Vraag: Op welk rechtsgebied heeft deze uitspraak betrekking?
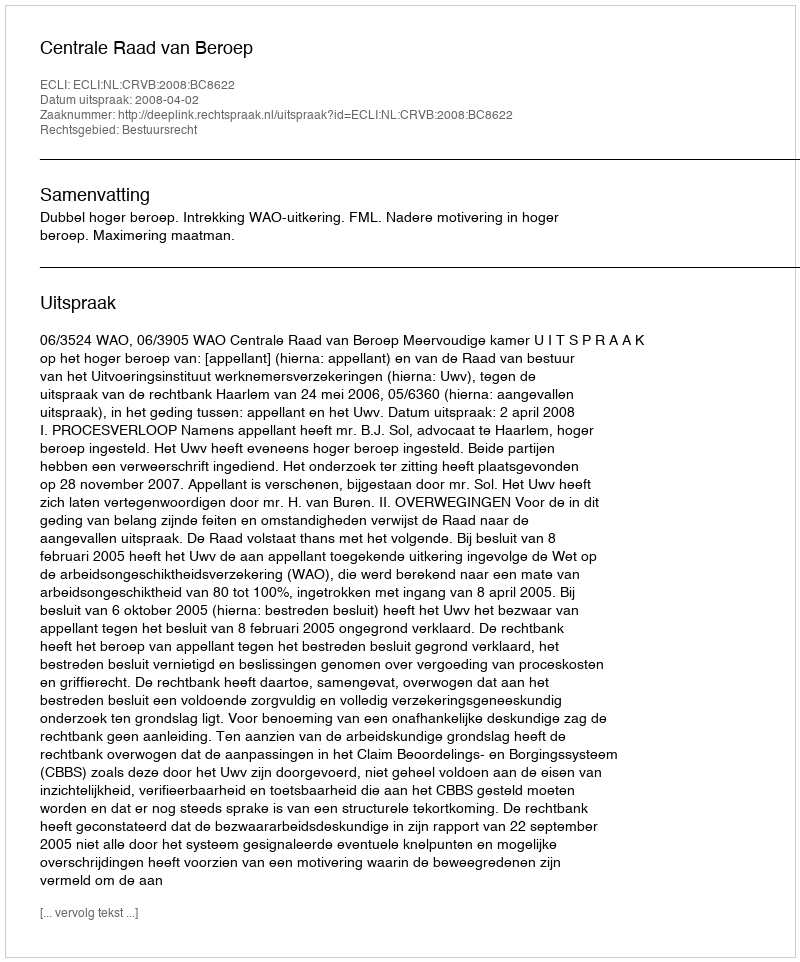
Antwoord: Bestuursrecht